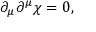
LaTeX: \partial _ { \mu } \partial ^ { \mu } \chi = 0 ,